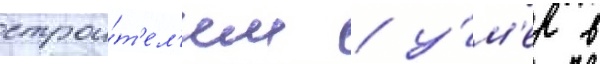
строи́т'ел'ем / у́м'ер в